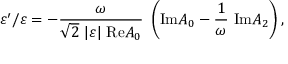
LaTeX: \varepsilon ^ { \prime } / \varepsilon = - { \frac { \omega } { \sqrt { 2 } ~ \vert \varepsilon \vert ~ \mathrm { R e } A _ { 0 } } } ~ \left( \mathrm { I m } A _ { 0 } - { \frac { 1 } { \omega } } ~ \mathrm { I m } A _ { 2 } \right) ,